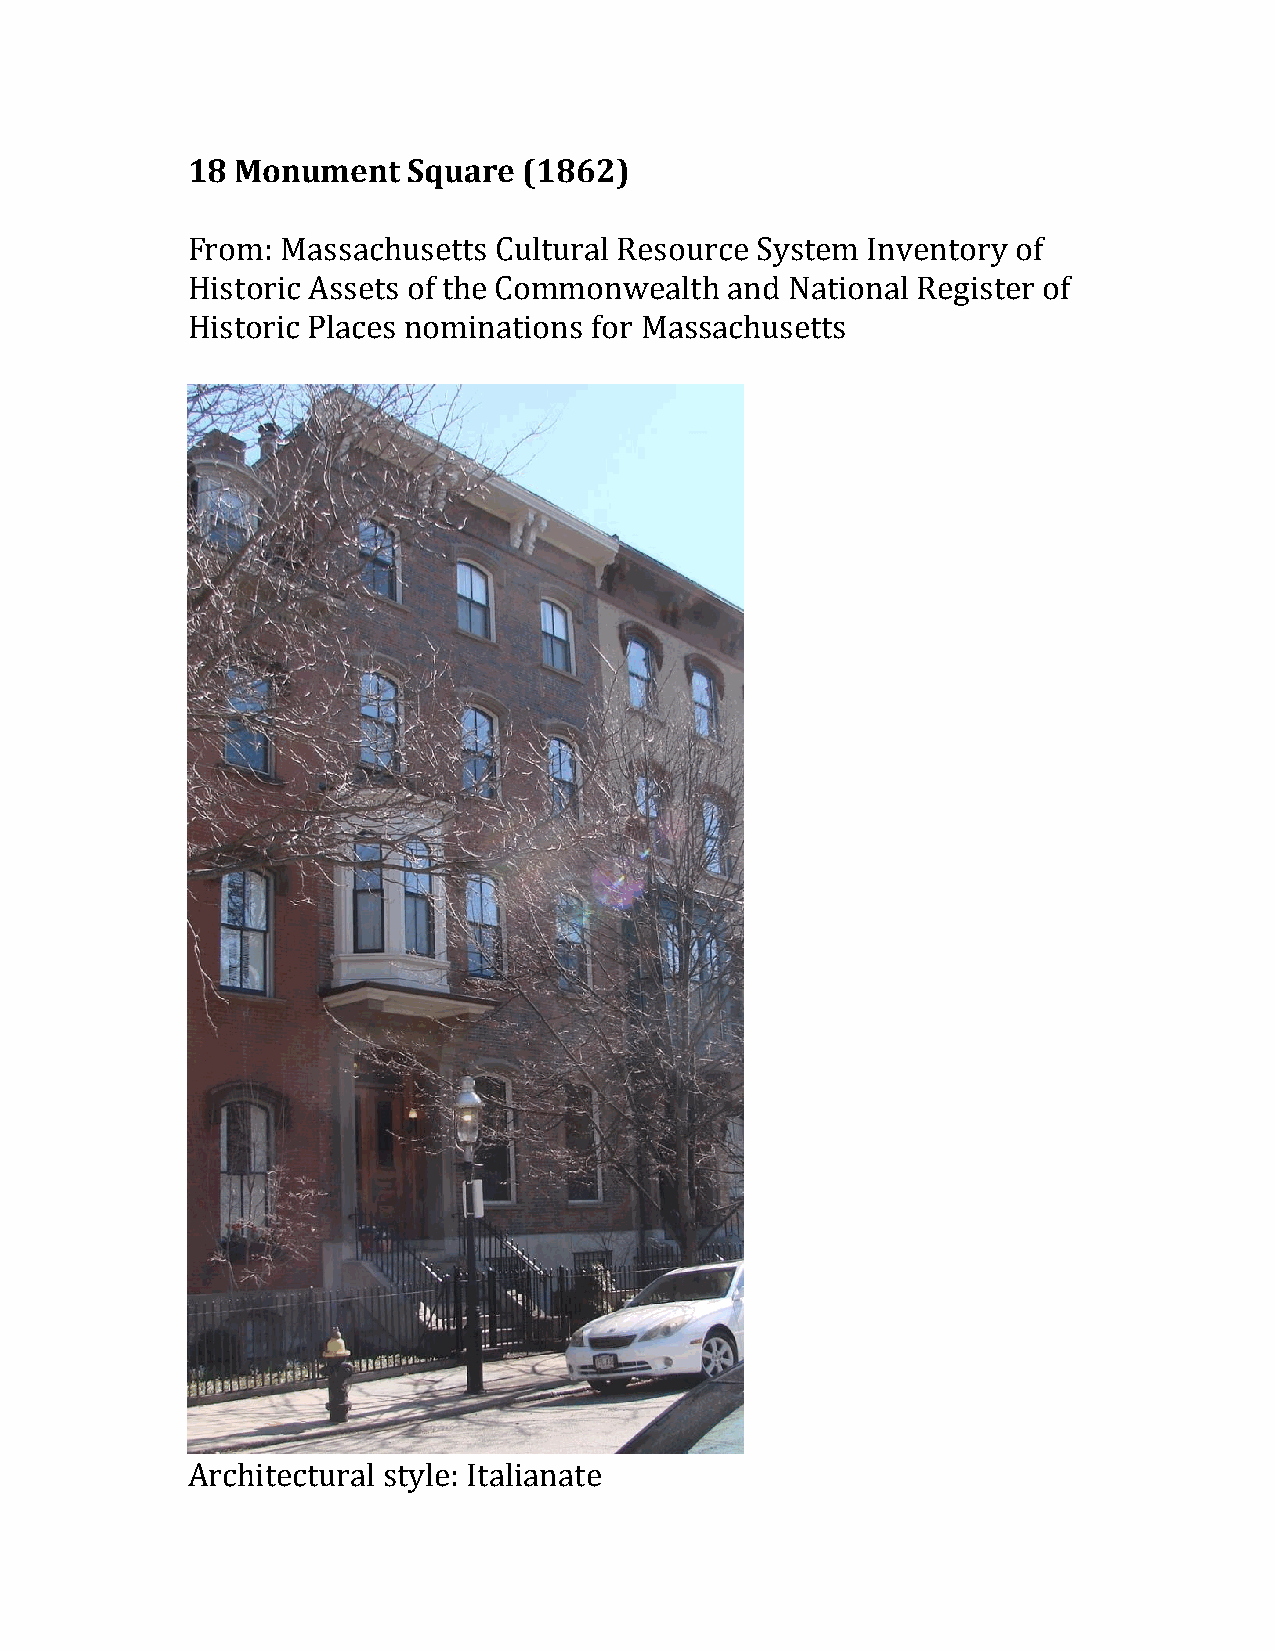
18  Monument   Square  (1862)
 From:  Massachusetts Cultural Resource System Inventory of
 Historic Assets of the Commonwealth and National Register of
 Historic Places nominations for Massachusetts
 Architectural style: Italianate